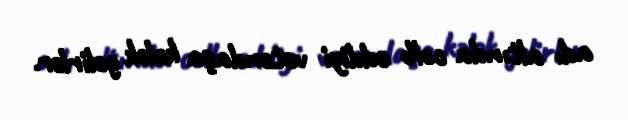
adı altında cəlb eddiyi vətəndaşa kələk gəlirlər.